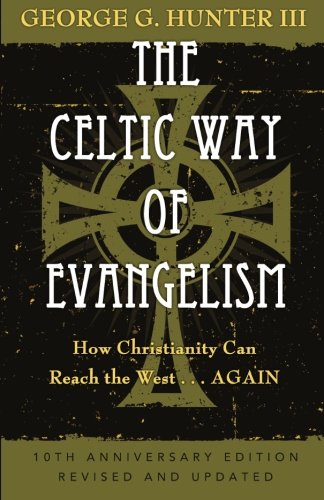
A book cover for The Celtic Way of Evangelism, Tenth Anniversary Edition: How Christianity Can Reach the West . . .Again; George G. III Hunter; Christian Books & Bibles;